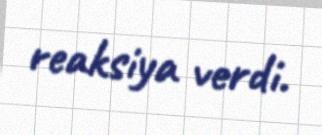
reaksiya verdi.